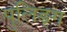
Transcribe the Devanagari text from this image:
पुलिङ्ग